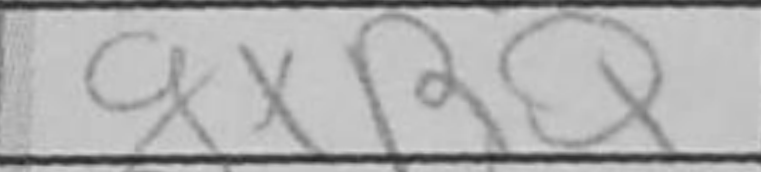
Transcription: gxRQ